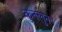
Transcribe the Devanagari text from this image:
कुनलुन।